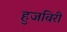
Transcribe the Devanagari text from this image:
हुजविरी